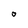
Character: O